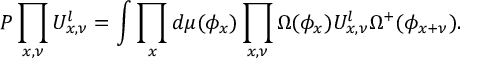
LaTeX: P \prod _ { x , \nu } U _ { x , \nu } ^ { l } = \int \prod _ { x } d \mu ( \phi _ { x } ) \prod _ { x , \nu } \Omega ( \phi _ { x } ) U _ { x , \nu } ^ { l } \Omega ^ { + } ( \phi _ { x + \nu } ) .